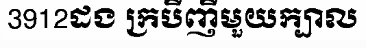
3912ដង ក្របីញីមួយក្បាល